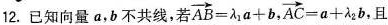
12.已知向量a，b不共线，若 $$\overrightarrow{AB}= \lambda _{1}a+b$$,$$ \overrightarrow{AC}=a+ \lambda _{2}b$$ ，且